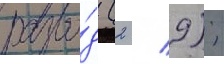
разво́д (2 / 9);